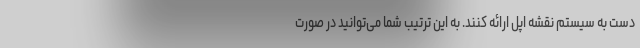
دست به سیستم نقشه اپل ارائه کنند. به این ترتیب شما می‌توانید در صورت